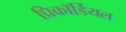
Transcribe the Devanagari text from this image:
प्रिकॉर्डियल